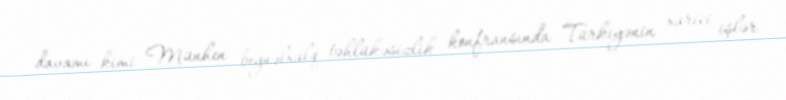
davamı kimi Münhen beynəlxalq təhlükəsizlik konfransında Türkiyənin xarici işlər